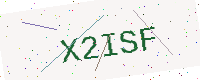
Text: X2ISF